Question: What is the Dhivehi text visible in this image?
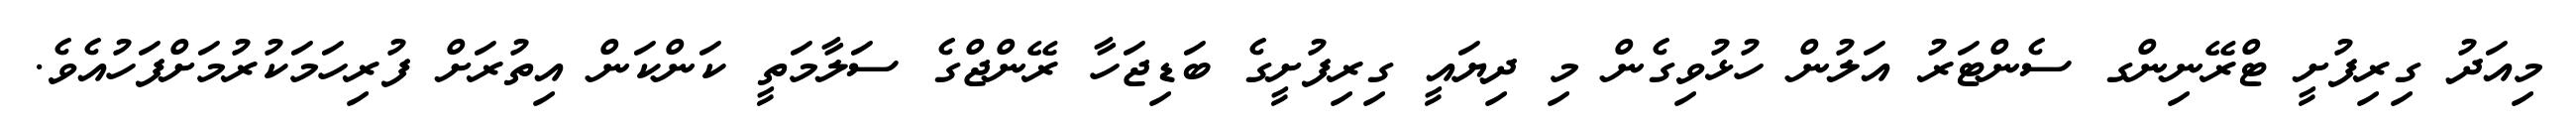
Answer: މިއަދު ގިރިފުށީ ޓްރޭނިންގ ސެންޓަރު އަލުން ހުޅުވިގެން މި ދިޔައީ ގިރިފުށީގެ ބަޑިޖަހާ ރޭންޖްގެ ސަލާމަތީ ކަންކަން އިތުރަށް ފުރިހަމަކުރުމަށްފަހުއެވެ.